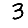
Digit: 3